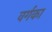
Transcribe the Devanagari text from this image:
वर्गका